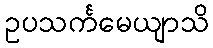
ဥပသင်္ကမေယျာသိ